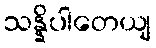
သန္နိပါတေယျ